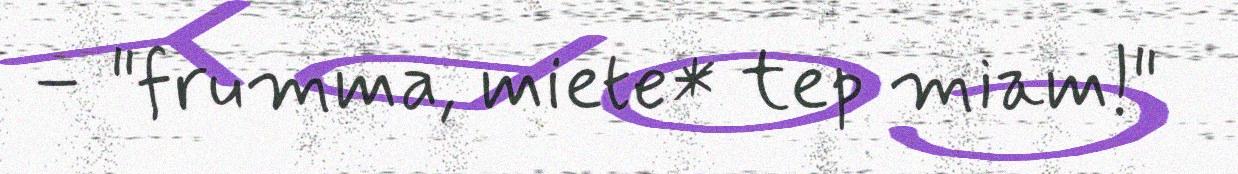
– "frumma, miete* tep miam!"